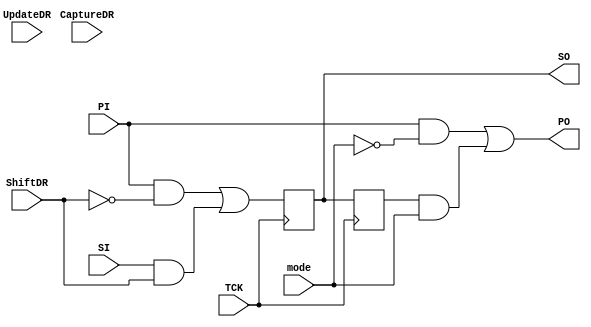
`timescale 1ns / 1ps
//////////////////////////////////////////////////////////////////////////////////
// Company: 
// Engineer: 
// 
// Design Name: 
// Module Name: bsc
// Project Name: 
// Target Devices: 
// Tool Versions: 
// Description: 
// 
// Dependencies: 
// 
// Revision:
// Revision 0.01 - File Created
// Additional Comments:
// 
//////////////////////////////////////////////////////////////////////////////////


/* Doubts

1. If ShiftDR=0 and CaptureDR rises, then SO = PI. 

*/


module bsc(
    input PI,SI,ShiftDR,CaptureDR,UpdateDR,TCK,mode,
    output reg SO,
    output PO
    );
    
    reg update;
    wire mux1out, mux2in;
    
    assign mux1out = ((PI & ~(ShiftDR)) | (SI & ShiftDR));
    // ShiftDR = 1  mux1out = SI         ShiftDR = 0   mux1out = PI
    assign PO = ((PI & ~(mode)) | (update & mode));
    
    always@(posedge TCK) begin
        SO <= mux1out;
//        SO <= capture;
    end
    
    always@(negedge TCK) begin
//        if (UpdateDR)
            update <= SO;
    end
    
    
endmodule